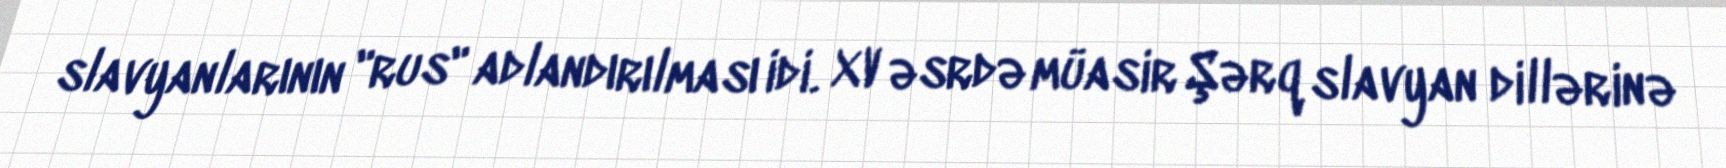
slavyanlarının "rus" adlandırılması idi. XV əsrdə müasir Şərq slavyan dillərinə